Report on horse surra - Volume II, Part I
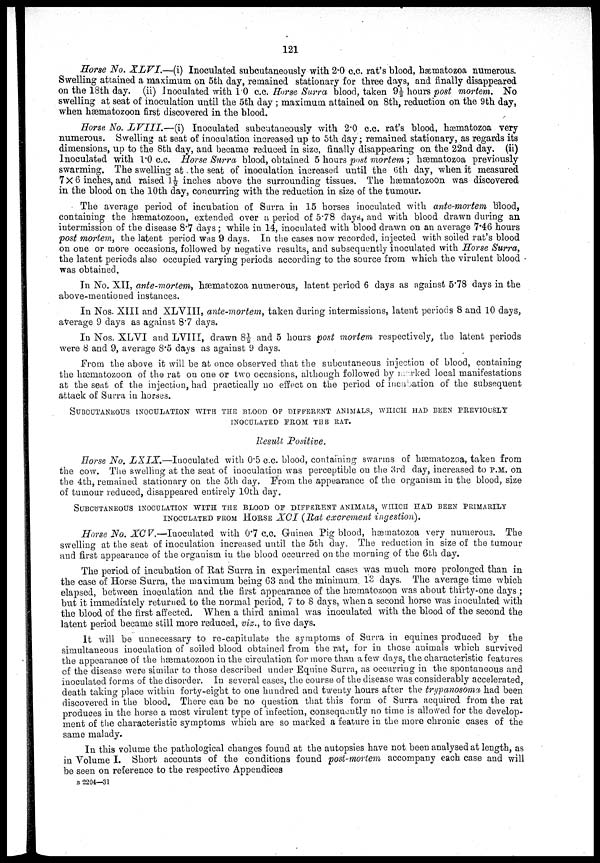
121
Horse No. XLVI.—(i)
Inoculated subcutaneously with 2.0 c.c. rat's blood, hæmatozoa numerous.
Swelling attained a maximum on 5th. day, remained stationary for three days, and finally disappeared
on the 18th day. (ii) Inoculated with 1.0 c.c. Horse Surra blood, taken 9½ hours post mortem. No
swelling at seat of inoculation until the 5th day ; maximum attained on 8th, reduction on the 9th day,
when hæmatozoon first discovered in the blood.
Horse No. LVIII.—(i)
Inoculated subcutaneously with 2.0 c.c. rat's blood, hæmatozoa very
numerous. Swelling at seat of inoculation increased up to 5th day; remained stationary, as regards its
dimensions, up to the 8th day, and became reduced in size, finally disappearing on the 22nd day. (ii)
Inoculated with 1.0 c.c. Horse Surra blood, obtained 5 hours post mortem ; hæmatozoa previously
swarming. The swelling at. the seat of inoculation increased until the 6th day, when it measured
7× 6 inches, and raised 1½ inches above the surrounding tissues. The hæmatozoon was discovered
in the blood on the 10th day, concurring with the reduction in size of the tumour.
The average period of incubation of Surra in 15 horses inoculated with ante-mortem blood,
containing the hærnatozoon, extended over a period of 5.78 days, and with blood drawn during an
intermission of the disease 8.7 days; while in 14, inoculated with blood drawn on an average 7.46 hours
post mortem, the latent period was 9 days. In the cases now recorded, injected with soiled rat's blood
on one or more occasions, followed by negative results, and subsequently inoculated with Horse Surra,
the latent periods also occupied varying periods according to the source from which the virulent blood
was obtained.
In No. XII, ante-mortem, hæmatozoa numerous, latent period 6 days as against 5.78 days in the
above-mentioned instances.
In Nos. XIII and XLVIII, ante-mortem, taken during intermissions, latent periods 8 and 10 days,
average 9 days as against 8.7 days.
In Nos. XLVI and LVIII, drawn 8½ and 5 hours post mortem respectively, the latent periods
were 8 and 9, average 8.5 days as against 9 days.
From the above it will be at once observed that the subcutaneous injection of blood, containing
the hæmatozoon of the rat on one or two occasions, although followed by marked local manifestations
at the seat of the injection, had practically no effect on the period of incubation of the subsequent
attack of Surra in horses.
SUBCUTANEOUS INOCULATION WITH THE BLOOD OF DIFFERENT ANIMALS
INOCULATED FROM THE RAT.
Result Positive.
Horse No. LXIX.—Inoculated
with 0.5 c.c. blood, containing swarms of hæmatozoa, taken from
the cow. The swelling at the seat of inoculation was perceptible on the 3rd day, increased to P.M. on
the 4th, remained stationary on the 5th day. From the appearance of the organism in the blood, size
of tumour reduced, disappeared entirely 10th day.
SUBCUTANEOUS INOCULATION WITH THE BLOOD OF DIFFERENT ANIMALS, WHICH HAD BEEN PRIMARILY
INOCULATED FROM HORSE XCI (Rat excrement ingestion).
Horse No. XCV.—Inoculated
with 0.7 c.c. Guinea Pig blood, hæmatozoa very numerous. The
swelling at the seat of inoculation increased until the 5th day. The reduction in size of the tumour
and first appearance of the organism in the blood occurred on the morning of the 6th day.
The period of incubation of Rat Surra in experimental cases was much more prolonged than in
the case of Horse Surra, the maximum being 63 and the minimum. 13 days. The average time which
elapsed, between inoculation and the first appearance of the hæmatozoon was about thirty-one days ;
but it immediately returned to the normal period, 7 to 8 days, when a second horse was inoculated with
the blood of the first affected. When a third animal was inoculated with the blood of the second the
latent period became still more reduced, viz., to five days.
It will be unnecessary to re-capitulate the symptoms of Surra in equines produced by the
simultaneous inoculation of soiled blood obtained from the rat, for in those animals which survived
the appearance of the hæmatozoon in the circulation for more than a few days, the characteristic features
of the disease were similar to those described under Equine Surra, as occurring in the spontaneous and
inoculated forms of the disorder. In several cases, the course of the disease was considerably accelerated,
death taking place within forty-eight to one hundred and twenty hours after the trypanosoma had been
discovered in the blood. There can be no question that this form of Surra acquired from the rat
produces in the horse a most virulent type of infection, consequently no time is allowed for the develop-
ment of the characteristic symptoms which are so marked a feature in the more chronic cases of the
same malady.
In this volume the pathological changes found at the autopsies have not been analysed at length, as
in Volume I. Short accounts of the conditions found post-mortem accompany each case and will
be seen on reference to the respective Appendices
B 2204—31